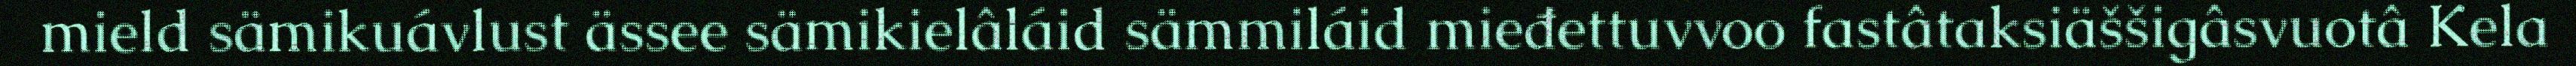
mield sämikuávlust ässee sämikielâláid sämmiláid mieđettuvvoo fastâtaksiäššigâsvuotâ Kela